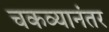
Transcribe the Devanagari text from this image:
चकव्यानंतर